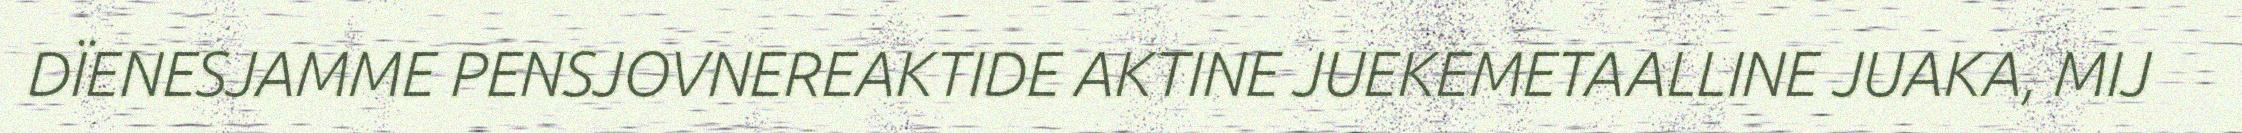
DÏENESJAMME PENSJOVNEREAKTIDE AKTINE JUEKEMETAALLINE JUAKA, MIJ